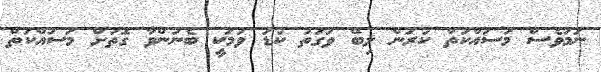
ނަމަވެސް މަސައްކަތް ކުރަން ލިބޭ ވަގުތު ކުޑަ ވުމަކީ ބެނުންވާ ގޮތަށް މަސައްކަތް